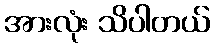
အားလုံး သိပါတယ်